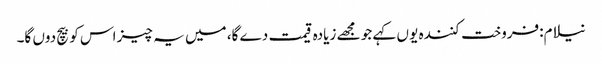
نیلام:فروخت کنندہ یو ں کہے جو مجھے زیادہ قیمت دے گا، میں یہ چیز اس کو بیچ دوں گا۔